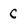
Character: C